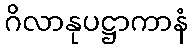
ဂိလာနုပဋ္ဌာကာနံ